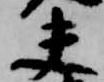
夫